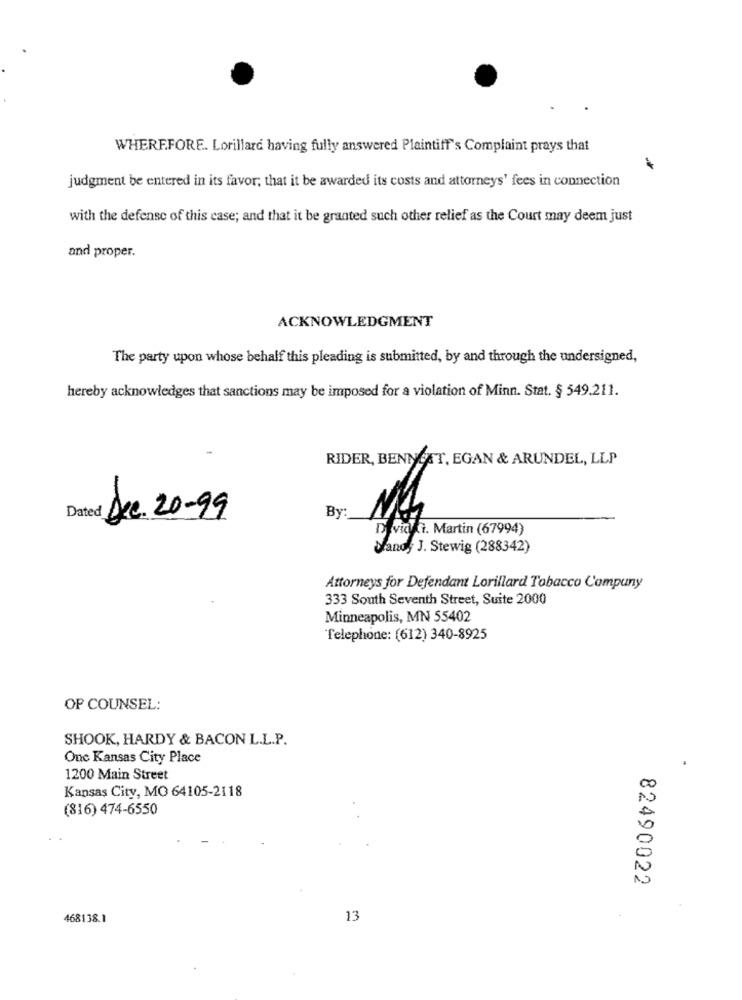
WHEREFORE. Lorillard having fully answered Plaintiff's Complaint prays that
judgment be entered in its favor; that it be awarded its costs and attorneys' fees in connection
with the defense of this case; and that it be granted such other relief as the Court may deem just
and proper.
ACKNOWLEDGMENT
The party upon whose behalf this pleading is submitted, by and through the undersigned,
hereby acknowledges that sanctions may be imposed for a violation of Minn. Stat. § 549.211.
-
RIDER, BENNCAT, EGAN & ARUNDEL, LLP
-
Dec. 20-99
By
D Vicki. Martin (67994)
Mano, J. Stewig (288342)
Attorneys for Defendant Lorillard Tobacco Compuny
333 South Seventh Street, Suite 2000
Minneapolis, MN 55402
Telephone: (612) 340-8925
OF COUNSEL:
SHOOK, HARDY & BACON L.L.P.
One Kansas City Place
1200 Main Street
Kansas City, MO 64105-2118
(816) 474-6550
82490022
468138.1
13